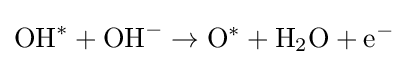
\mathrm {OH} ^{*}+\mathrm {OH} ^{-}\rightarrow \mathrm {O} ^{*}+\mathrm {H} _{2}\mathrm {O} +\mathrm {e} ^{-}